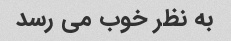
به نظر خوب می رسد